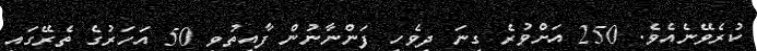
ކުރެވޭނެއެވެ. 250 އަށްވުރެ ގިނަ ދިވެހި ފަންނާނުން ފާއިތުވި 50 އަހަރުގެ ތެރޭގައި